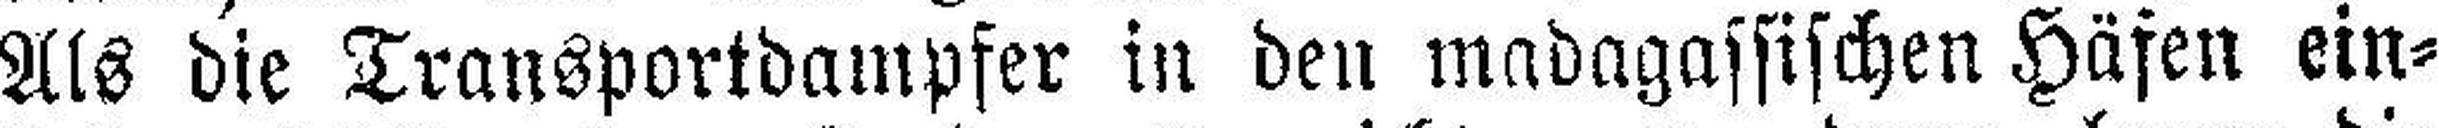
Als die Transportdampfer in den madagassischen Häfen ein¬